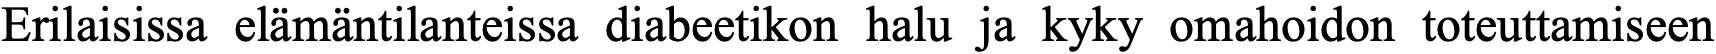
Erilaisissa elämäntilanteissa diabeetikon halu ja kyky omahoidon toteuttamiseen